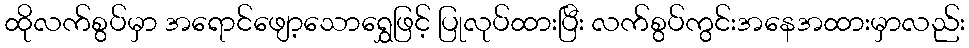
ထိုလက်စွပ်မှာ အရောင်ဖျော့သောရွှေဖြင့် ပြုလုပ်ထားပြီး လက်စွပ်ကွင်းအနေအထားမှာလည်း